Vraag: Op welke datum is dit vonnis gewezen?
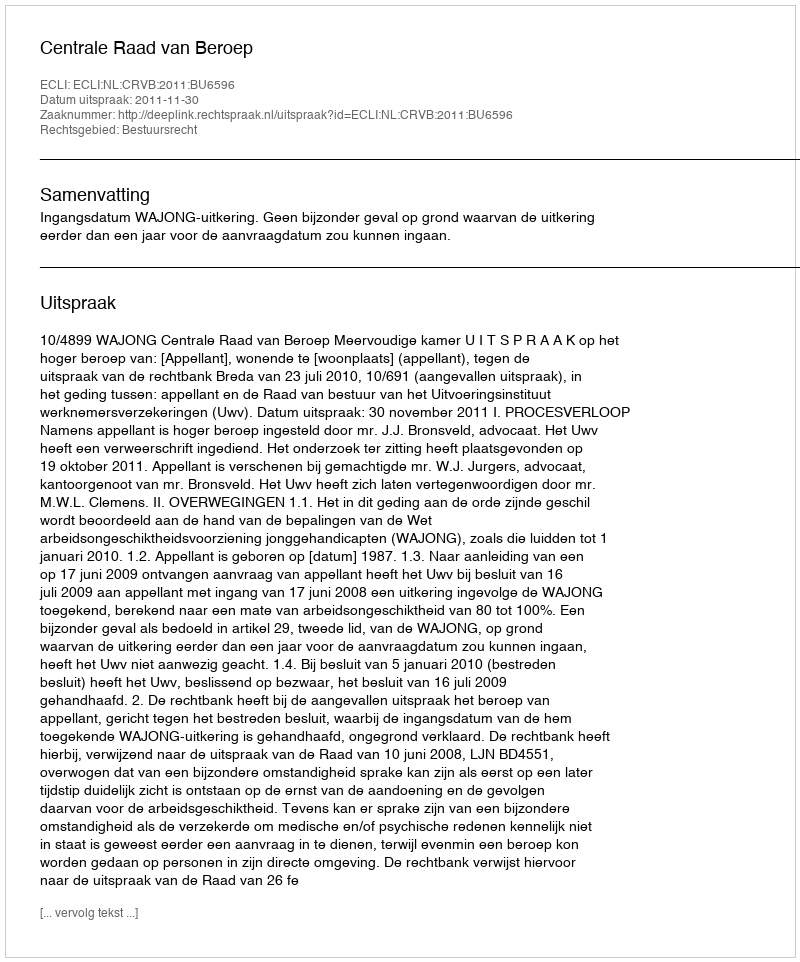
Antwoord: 2011-11-30